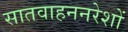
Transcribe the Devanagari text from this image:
सातवाहननरेशों